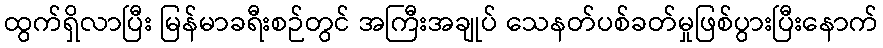
ထွက်ရှိလာပြီး မြန်မာခရီးစဉ်တွင် အကြီးအချုပ် သေနတ်ပစ်ခတ်မှုဖြစ်ပွားပြီးနောက်